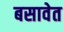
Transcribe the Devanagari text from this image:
बसावेत